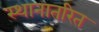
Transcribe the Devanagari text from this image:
स्थानातरित